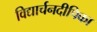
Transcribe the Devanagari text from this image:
विद्यार्चनदीपिका